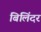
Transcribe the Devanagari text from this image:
बिलिंदर